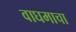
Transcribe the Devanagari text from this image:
वाघमाचा